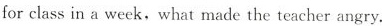
for class in a week,what made the teacher angry.